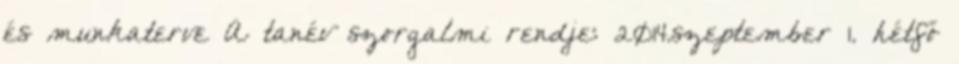
és munkaterve A tanév szorgalmi rendje: 2014.szeptember 1. hétfő